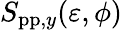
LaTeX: S_{\mathrm{pp},y}(\varepsilon,\phi)